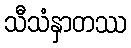
သီသံနှာတဿ